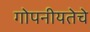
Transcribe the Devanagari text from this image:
गोपनीयतेचे